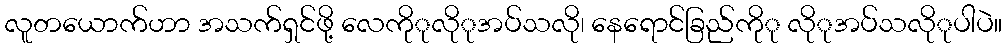
လူတယောက်ဟာ အသက်ရှင်ဖို့ လေကိုုလိုုအပ်သလို၊ နေရောင်ခြည်ကိုု လိုုအပ်သလိုုပါပဲ။